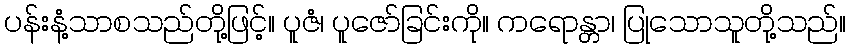
ပန်းနံ့သာစသည်တို့ဖြင့်။ ပူဇံ၊ ပူဇော်ခြင်းကို။ ကရောန္တာ၊ ပြုသောသူတို့သည်။